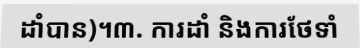
ដាំបាន)។៣. ការដាំ និងការថែទាំ